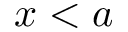
x < a